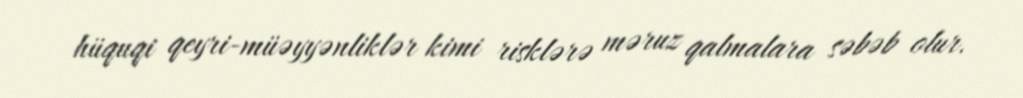
hüquqi qeyri-müəyyənliklər kimi risklərə məruz qalmalara səbəb olur.